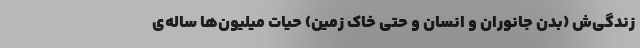
زندگی‌ش (بدن جانوران و انسان و حتی خاک زمین) حیات میلیون‌ها ساله‌ی